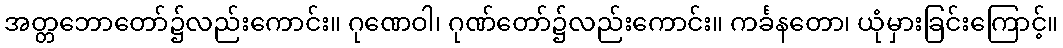
အတ္တဘောတော်၌လည်းကောင်း။ ဂုဏေဝါ၊ ဂုဏ်တော်၌လည်းကောင်း။ ကင်္ခနတော၊ ယုံမှားခြင်းကြောင့်။